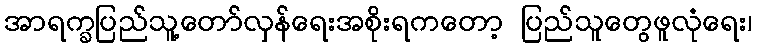
အာရက္ခပြည်သူ့တော်လှန်ရေးအစိုးရကတော့ ပြည်သူတွေဖူလုံရေး၊